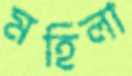
মহিলা